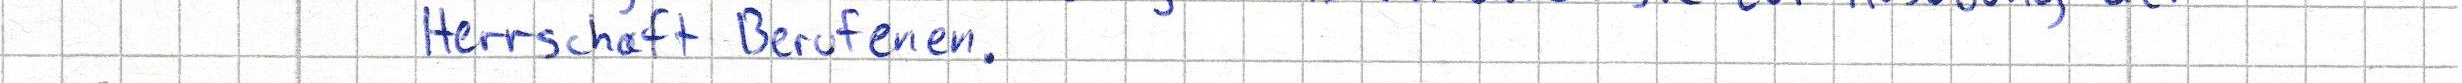
Herrschaft Berufenen.